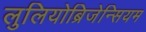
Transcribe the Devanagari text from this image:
लुलियोब्रिजेन्सियम